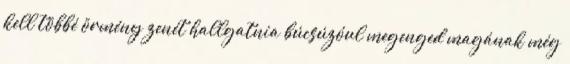
kell többé örmény zenét hallgatnia búcsúzóul megenged magának még